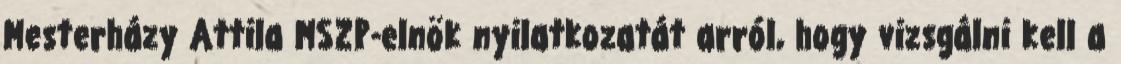
Mesterházy Attila MSZP-elnök nyilatkozatát arról, hogy vizsgálni kell a